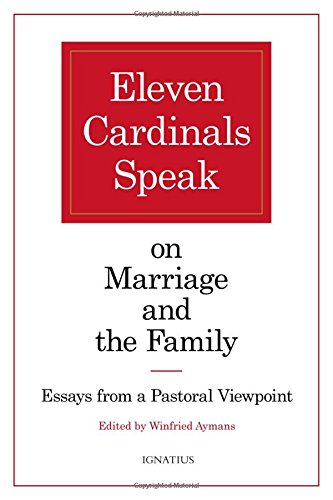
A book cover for Eleven Cardinals Speak on Marriage and the Family; Various; Christian Books & Bibles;